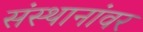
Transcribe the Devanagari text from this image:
संस्थानांवर